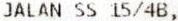
JALAN SS 15/4B,